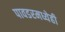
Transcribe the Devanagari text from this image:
पावडरमध्येही